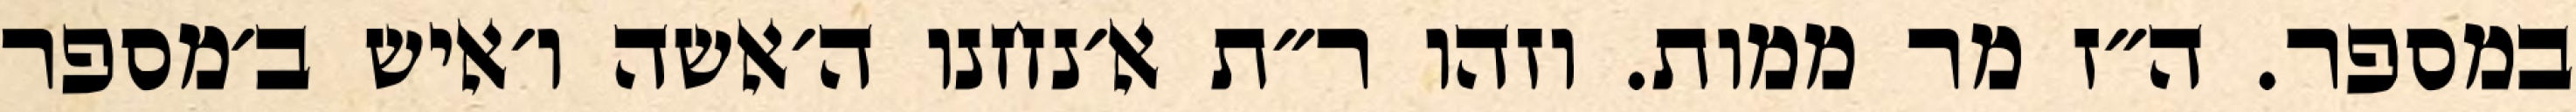
במספר. ה״ז מר ממות. וזהו ר״ת א׳נחנו ה׳אשה ו׳איש ב׳מספר